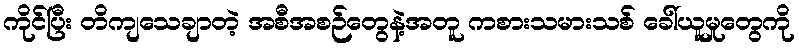
ကိုင်ပြီး တိကျသေချာတဲ့ အစီအစဉ်တွေနဲ့အတူ ကစားသမားသစ် ခေါ်ယူမှုတွေကို